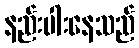
နည်းပါးနေသည်